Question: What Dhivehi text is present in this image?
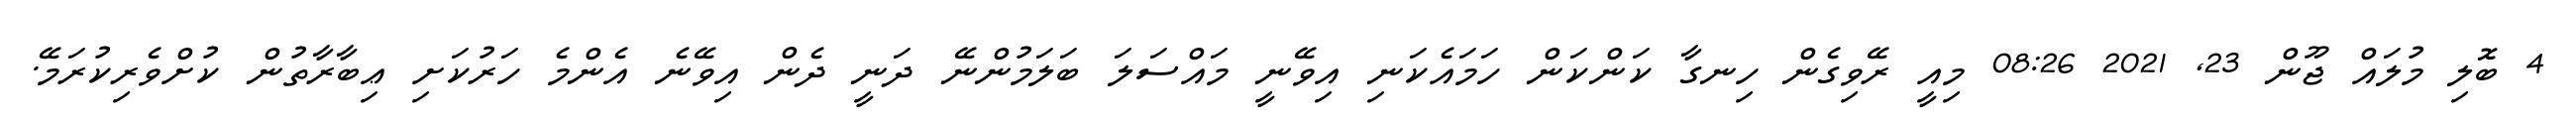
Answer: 4 ބޮލި މުލައް ޖޫން 23, 2021 08:26 މިއީ ރޭވިގެން ހިނގާ ކަންކަން ހަމައެކަނި އިވޭނީ މައްސަލަ ބަލަމުންނޭ ދަނީ ދެން އިވޭނެ އެންމެ ހަރުކަށި ޢިބާރާތުން ކުށްވެރިކުރަމޭ.